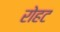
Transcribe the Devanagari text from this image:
रोहट